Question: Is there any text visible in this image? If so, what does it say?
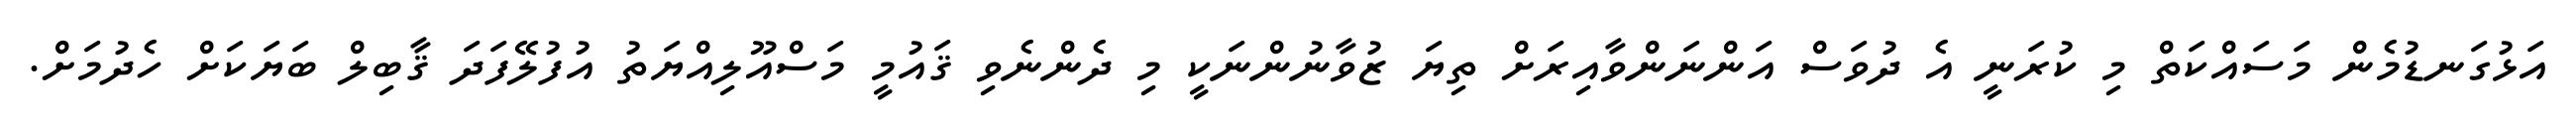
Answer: އަޅުގަނޑުމެން މަސައްކަތް މި ކުރަނީ އެ ދުވަސް އަންނަންވާއިރަށް ތިޔަ ޒުވާނުންނަކީ މި ދެންނެވި ޤައުމީ މަސްއޫލިއްޔަތު އުފުލޭފަދަ ޤާބިލް ބަޔަކަށް ހެދުމަށް.